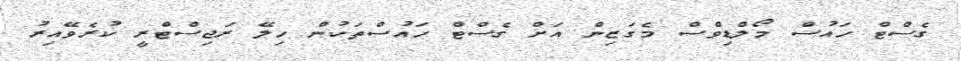
ގެސްޓް ހައުސް މޯލްޑިވްސް މެގަޒިން އަށް ގެސްޓް ހައުސްތަކުން ހިލޭ ރަޖިސްޓްރީ ކުރެވޭއިރު